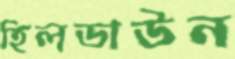
হিলডাউন